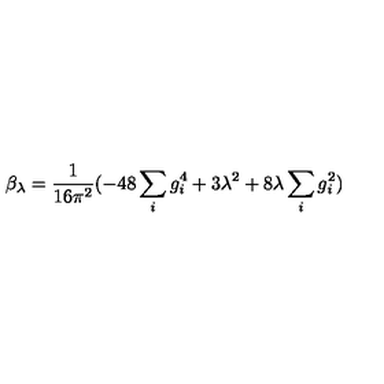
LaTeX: \beta _ { \lambda } = \frac { 1 } { 1 6 \pi ^ { 2 } } ( - 4 8 \sum _ { i } g _ { i } ^ { 4 } + 3 \lambda ^ { 2 } + 8 \lambda \sum _ { i } g _ { i } ^ { 2 } )